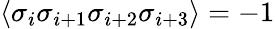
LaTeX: \langle\sigma_{i}\sigma_{i+1}\sigma_{i+2}\sigma_{i+3}\rangle=-1